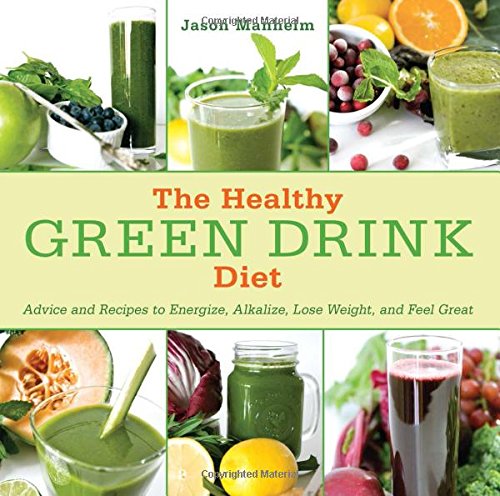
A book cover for The Healthy Green Drink Diet: Advice and Recipes to Energize, Alkalize, Lose Weight, and Feel Great; Jason Manheim; Cookbooks, Food & Wine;